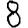
Digit: 8